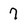
Character: 7